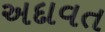
અદાવત